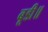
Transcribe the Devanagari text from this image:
बूडी॥